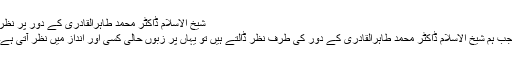
شیخ الاسلام ڈاکٹر محمد طاہرالقادری کے دور پر نظر
جب ہم شیخ الاسلام ڈاکٹر محمد طاہرالقادری کے دور کی طرف نظر ڈالتے ہیں تو یہاں پر زبوں حالی کسی اور انداز میں نظر آتی ہے۔